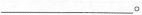
___。